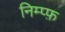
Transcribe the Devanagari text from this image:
निम्प्फ़